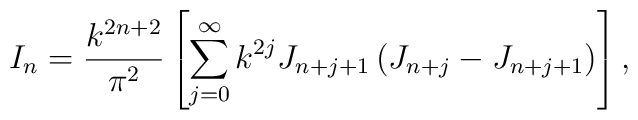
I_n = \frac{k^{2n+2}}{\pi^2}\left[\sum\limits_{j=0}^{\infty}k^{2j}J_{n+j+1}\left(J_{n+j}-J_{n+j+1}\right)\right],